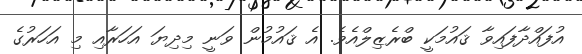
އުފައްދާފައިވާ ޤައުމަކީ ބްރެޒިލްއެވެ. އެ ޤައުމުން ވަނީ މިދިޔަ އަހަރާއި މި އަހަރުގެ